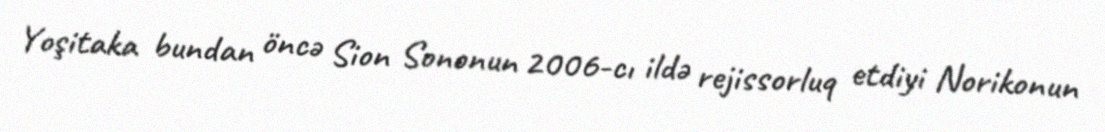
Yoşitaka bundan öncə Sion Sononun 2006-cı ildə rejissorluq etdiyi Norikonun